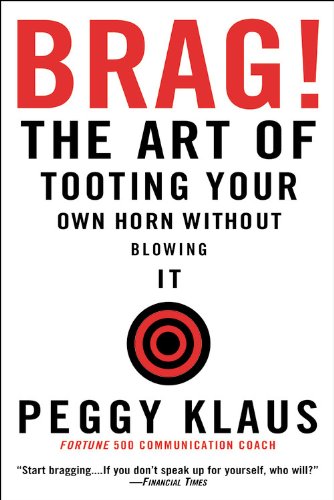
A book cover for Brag!: The Art of Tooting Your Own Horn without Blowing It; Peggy Klaus; Comics & Graphic Novels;